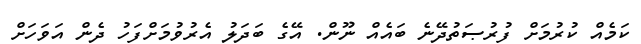
ކަމެއް ކުރުމަށް ފުރުޞަތުދޭނެ ބައެއް ނޫން. އޭގެ ބަދަލު އެރުވުމަށްފަހު ދެން އަވަހަށް